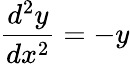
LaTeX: {\frac{d^{2}y}{dx^{2}}}=-y